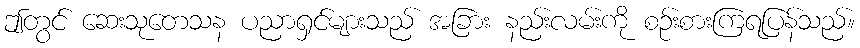
ဤတွင် ဆေးသုတေသန ပညာရှင်များသည် အခြား နည်းလမ်းကို စဉ်းစားကြရပြန်သည်။